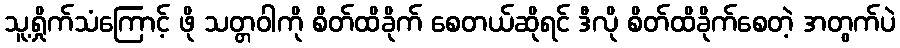
သူ့ရှိုက်သံကြောင့် ဖို သတ္တဝါကို စိတ်ထိခိုက် စေတယ်ဆိုရင် ဒီလို စိတ်ထိခိုက်စေတဲ့ အတွက်ပဲ